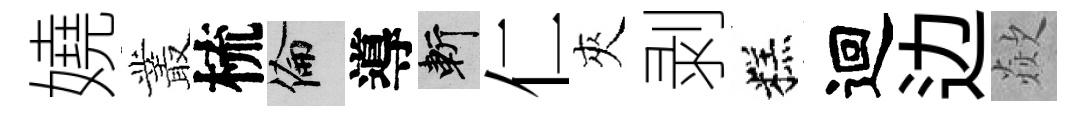
嬈叢梳倫導斬仁夾剥糕迴边歘